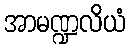
အာမဏ္ဍလိယံ